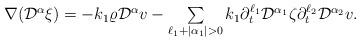
LaTeX: \begin{align*}\begin{array}{ll}\nabla(\mathcal{D}^{\alpha}\xi)= -k_1 \varrho\mathcal{D}^{\alpha} v-\sum\limits_{\ell_1+|\alpha_1|>0} k_1\partial_t^{\ell_1}\mathcal{D}^{\alpha_1}\zeta \partial_t^{\ell_2}\mathcal{D}^{\alpha_2}v.\end{array}\end{align*}